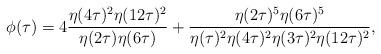
LaTeX: \begin{gather*}\phi(\tau)=4\frac{\eta(4\tau)^2\eta(12\tau)^2}{\eta(2\tau)\eta(6\tau)}+\frac{\eta(2\tau)^5\eta(6\tau)^5}{\eta(\tau)^2\eta(4\tau)^2\eta(3\tau)^2\eta(12\tau)^2},\end{gather*}